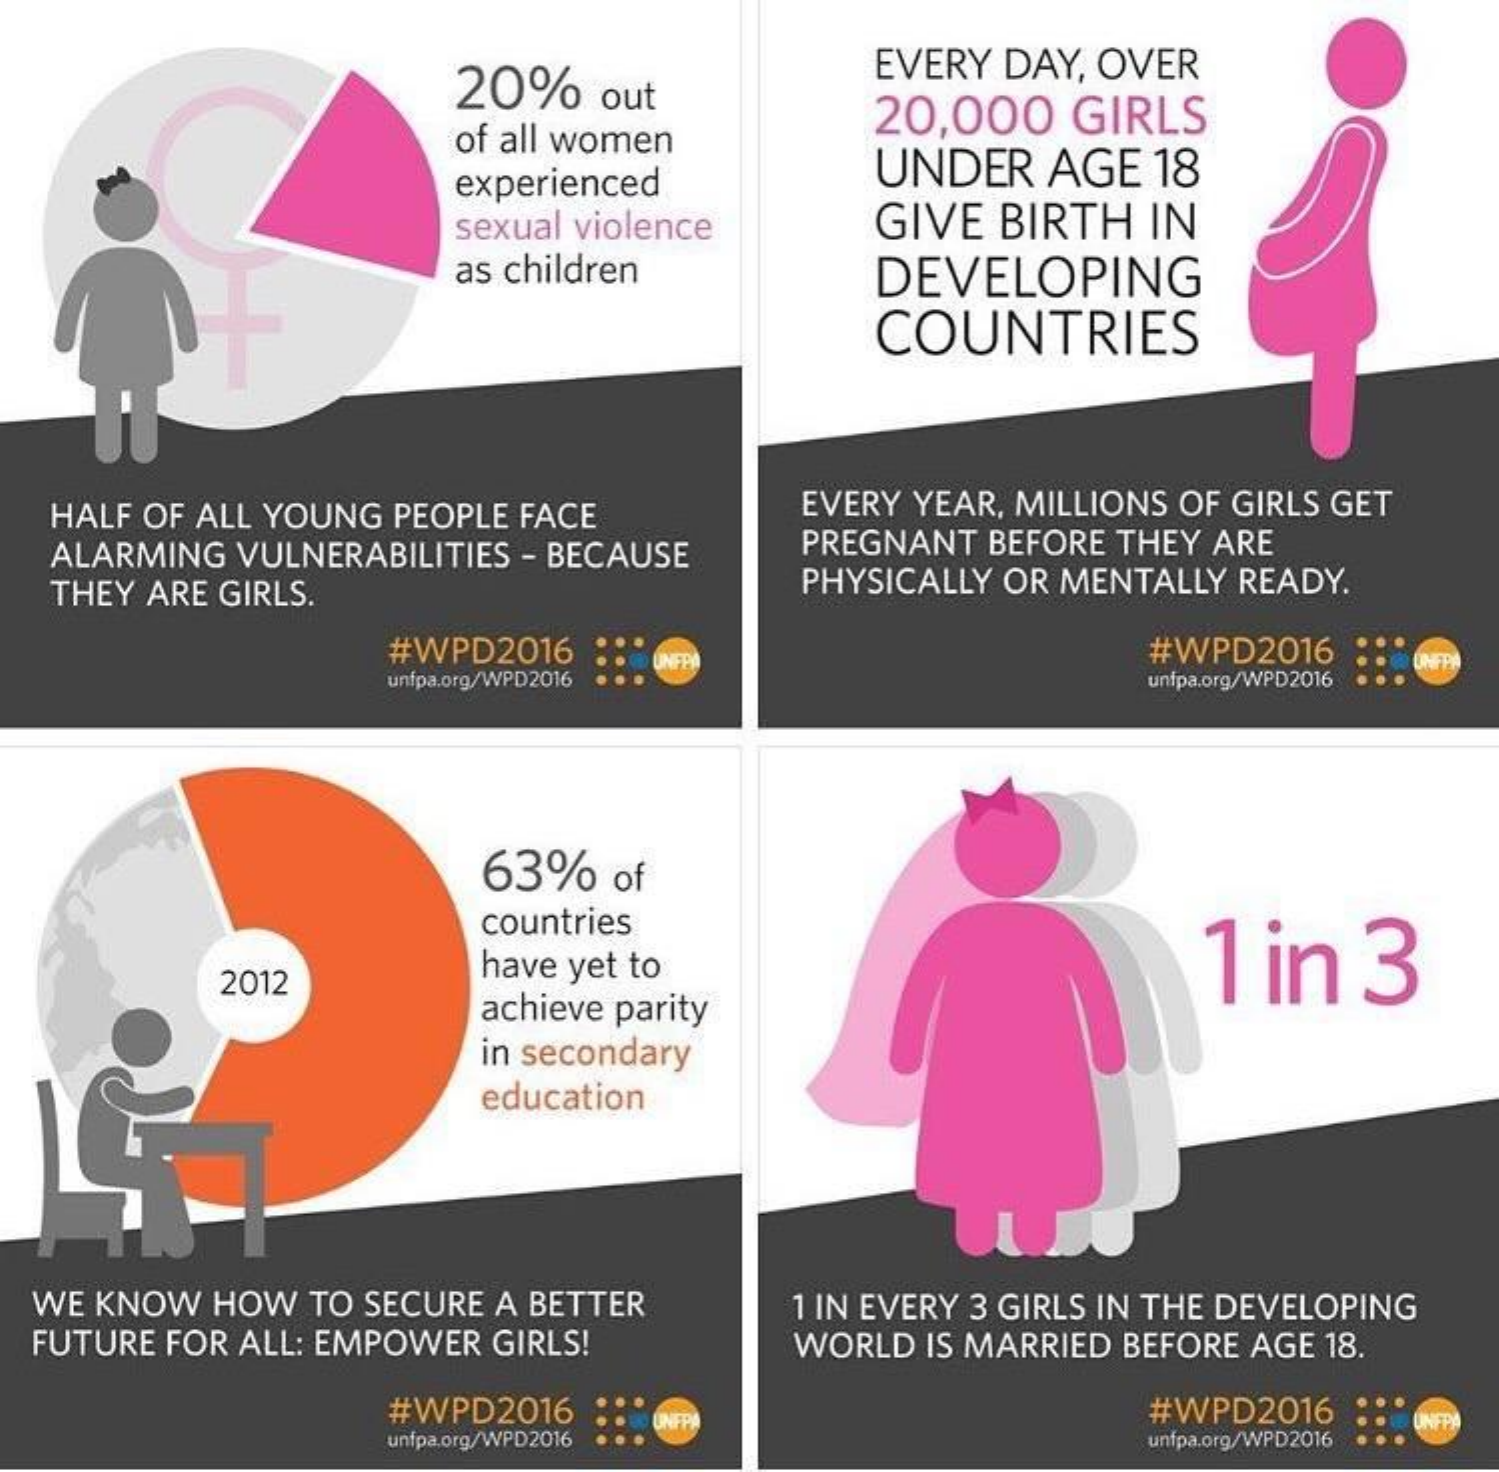
20%   out
     EVERY DAY, OVER
     of all women
     20,000   GIRLS
     experienced    UNDER   AGE 18
     sexual violence  GIVE BIRTH  IN
     as children    DEVELOPING
     COUNTRIES
   HALF OF ALL YOUNG PEOPLE FACE  EVERY YEAR, MILLIONS OF GIRLS GET
   ALARMING VULNERABILITIES - BECAUSE PREGNANT BEFORE THEY ARE
   THEY ARE GIRLS.    PHYSICALLY OR MENTALLY READY.
     #WPD2016    #WPD2016 UNEP
     unfpa.org/WPD2016    unfpa.org/WPD2016
     63%  of
     countries
     1 in  3
     2012    have yet to
     achieve parity
     in secondary
     education
  WE KNOW HOW TO SECURE A BETTER
  FUTURE FOR ALL: EMPOWER GIRLS!
     1 IN EVERY 3 GIRLS IN THE DEVELOPING
     WORLD IS MARRIED BEFORE AGE 18.
     #WPD2016    #WPD2016
     unfpa.org/WPD2016
     NEP
     unfpa.org/WPD2016
     UNEP